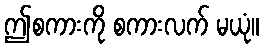
ဤစကားကို စကားလက် မယုံ။